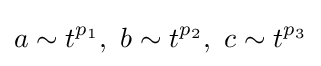
a\sim t^{p_{1}},\ b\sim t^{p_{2}},\ c\sim t^{p_{3}}